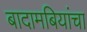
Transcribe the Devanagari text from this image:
बादामबियांचा